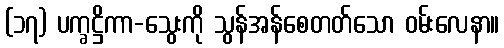
(၁၇) ပက္ခဋ္ဌိကာ-သွေးကို သွန်အန်စေတတ်သော ဝမ်းလေနာ။